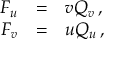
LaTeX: \begin{array} { r c l } { { F _ { u } } } & { { = } } & { { v Q _ { v } \, , } } \\ { { F _ { v } } } & { { = } } & { { u Q _ { u } \, , } } \end{array}